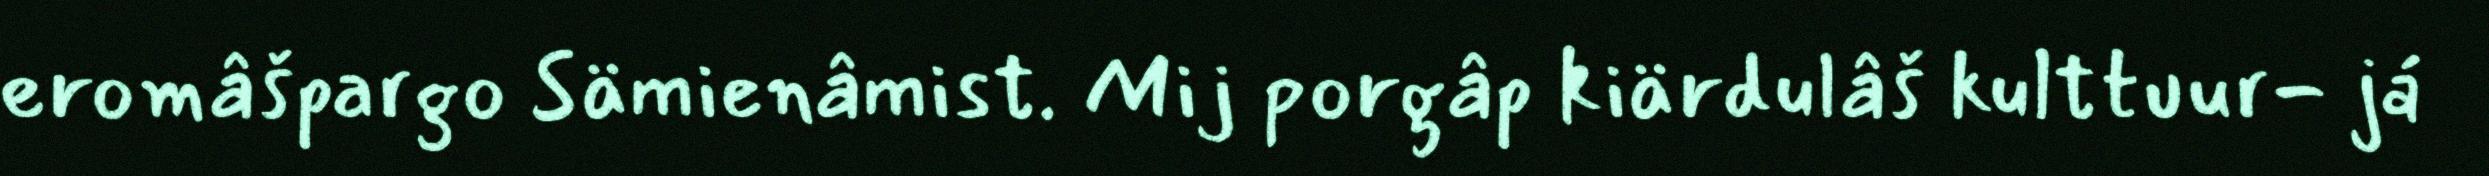
eromâšpargo Sämienâmist. Mij porgâp kiärdulâš kulttuur- já